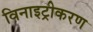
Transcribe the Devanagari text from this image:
विनाइट्रीकरण